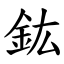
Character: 鈜